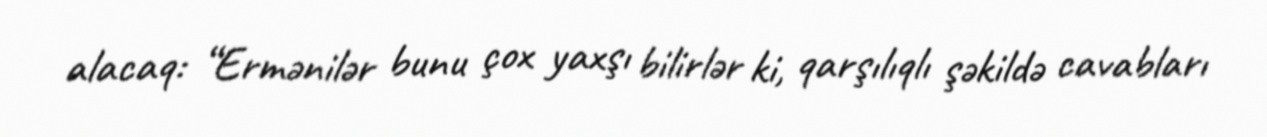
alacaq: “Ermənilər bunu çox yaxşı bilirlər ki, qarşılıqlı şəkildə cavabları